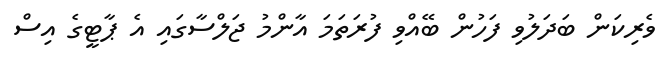
ވެރިކަން ބަދަލުވި ފަހުން ބޭއްވި ފުރަތަމަ އާންމު ޖަލްސާގައި އެ ޕާޓީގެ އިސް